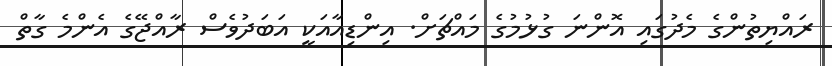
ރައްޔިތުންގެ މެދުގައި އޮންނަ ގުޅުމުގެ މައްޗަށް. އިންޑިއާއަކީ އަބަދުވެސް ރާއްޖޭގެ އެންމެ ގާތް